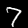
Digit: 7